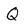
Character: Q